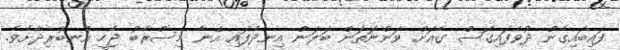
ފައިބައިގެން ދުވެފައިގޮސް ގެއަށް ވަންނަތަން ބަލަން އިނދެފައި އޭނާ މިސްރާބު ޖެހީ އެނބުރިދާށެވެ.